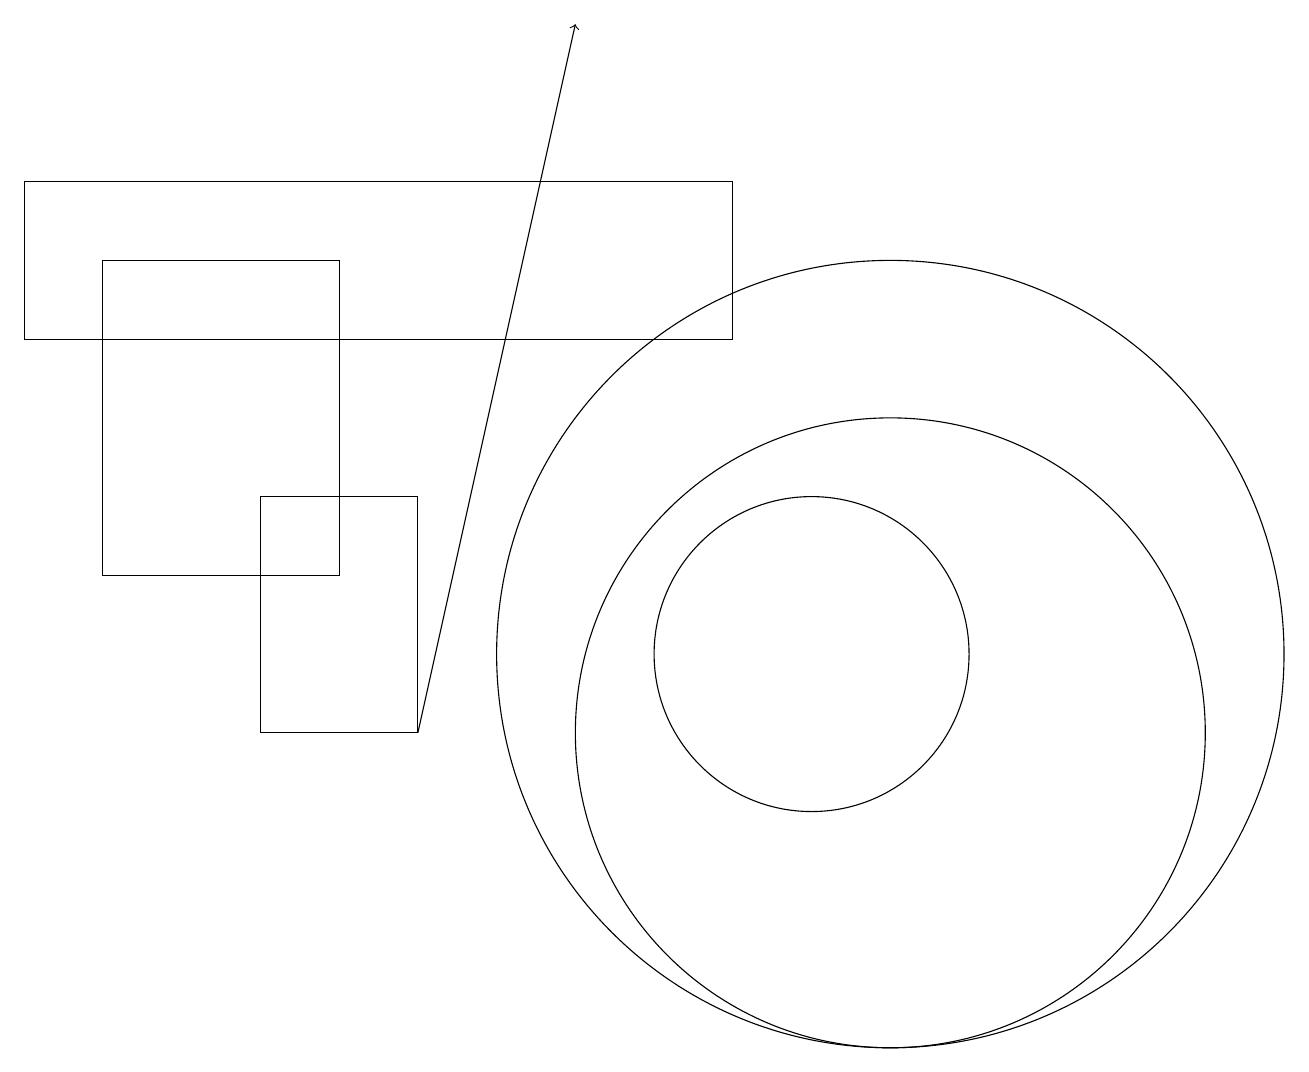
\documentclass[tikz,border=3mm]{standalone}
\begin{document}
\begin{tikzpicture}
\draw (11,11) circle (5);
\draw (11,10) circle (4);
\draw (1,16) rectangle (4,12);
\draw (10,11) circle (2);
\draw (3,13) rectangle (5,10);
\draw[->] (5,10) -- (7,19);
\draw (0,17) rectangle (9,15);
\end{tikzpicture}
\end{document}